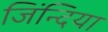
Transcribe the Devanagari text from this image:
जिंन्दिया